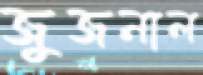
জুজনাল